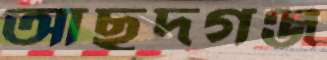
আছদগঞ্জ